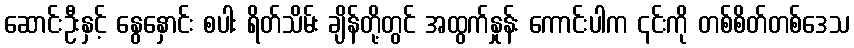
ဆောင်းဦးနှင့် နွေနှောင်း စပါး ရိတ်သိမ်း ချိန်တို့တွင် အထွက်နှုန်း ကောင်းပါက ၎င်းကို တစ်စိတ်တစ်ဒေသ